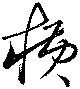
横